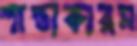
শান্তাকারম